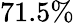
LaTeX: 71.5\%